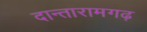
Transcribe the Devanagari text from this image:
दान्तारामगढ़